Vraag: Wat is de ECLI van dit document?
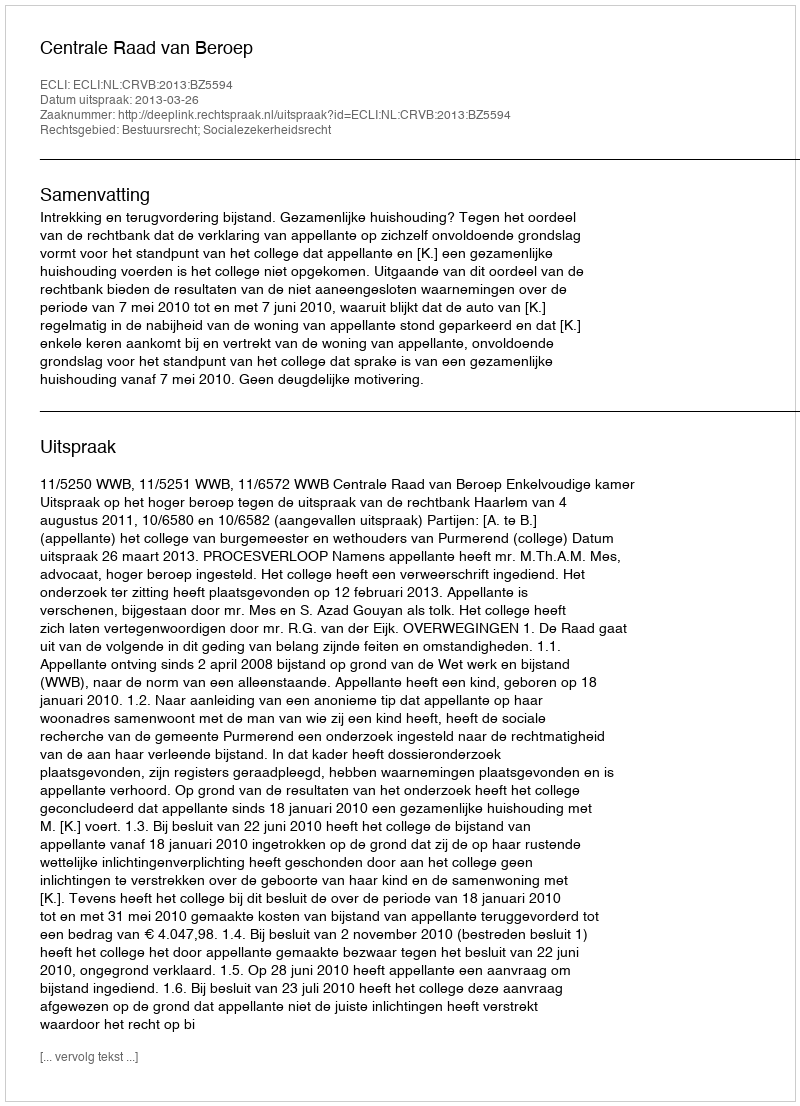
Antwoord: ECLI:NL:CRVB:2013:BZ5594